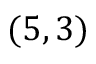
( 5 , 3 )